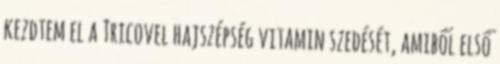
kezdtem el a Tricovel hajszépség vitamin szedését, amiből első